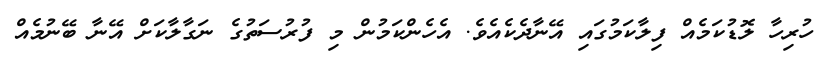
ހުރިހާ ލޮޑުކަމެއް ފިލާކަމުގައި އޭނާދެކެއެވެ. އެހެންކަމުން މި ފުރުސަތުގެ ނަގާލާކަށް އޭނާ ބޭނުމެއް